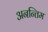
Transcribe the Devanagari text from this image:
अनन्तिम